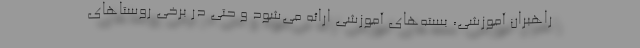
راهبران آموزشی، بسته‌های آموزشی ارائه می‌شود و حتی در برخی روستاهای